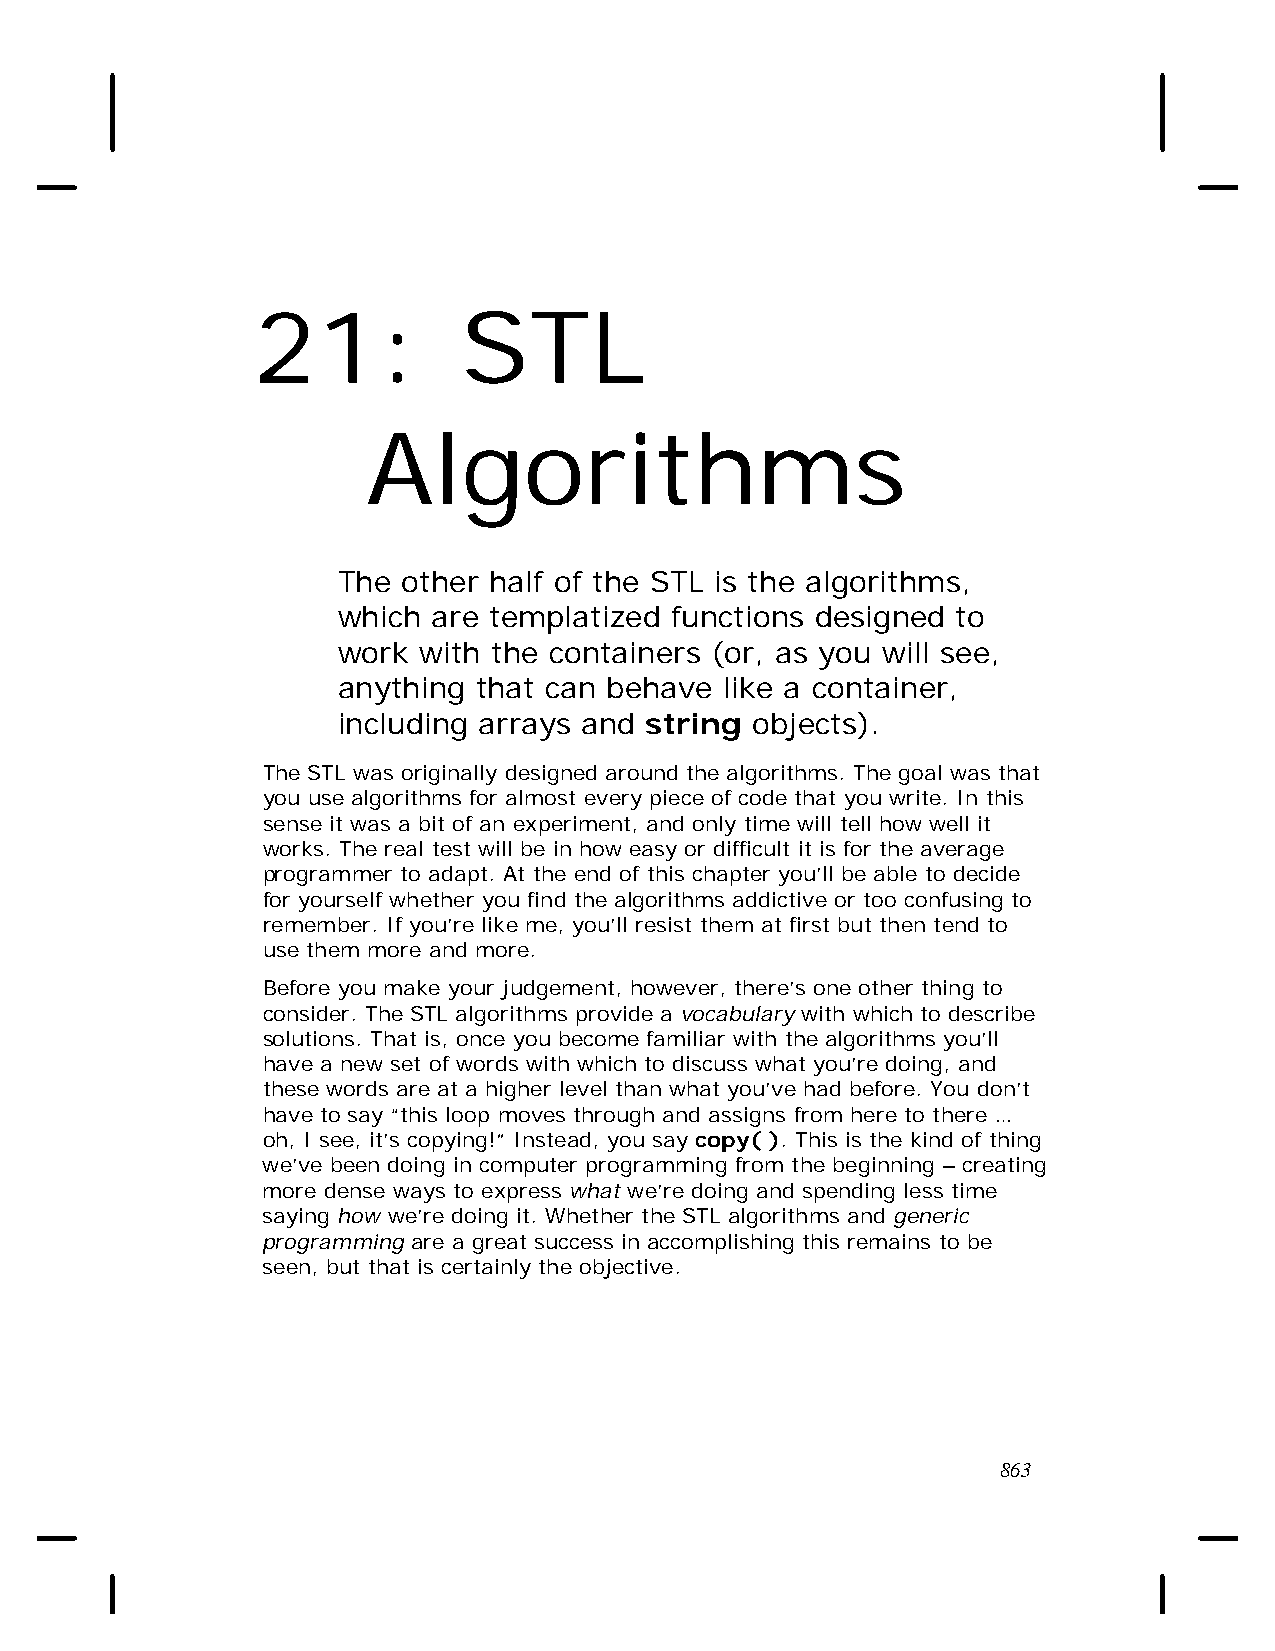
21:           STL
 Algorithms
 The  other half of the STL is the algorithms,
 which  are templatized functions designed to
 work  with the containers (or, as you will see,
 anything that can behave  like a container,
 including arrays and string objects).
 The STL was originally designed around the algorithms. The goal was that
 you use algorithms for almost every piece of code that you write. In this
 sense it was a bit of an experiment, and only time will tell how well it
 works. The real test will be in how easy or difficult it is for the average
 programmer to adapt. At the end of this chapter you’ll be able to decide
 for yourself whether you find the algorithms addictive or too confusing to
 remember. If you’re like me, you’ll resist them at first but then tend to
 use them more and more.
 Before you make your judgement, however, there’s one other thing to
 consider. The STL algorithms provide a vocabulary with which to describe
 solutions. That is, once you become familiar with the algorithms you’ll
 have a new set of words with which to discuss what you’re doing, and
 these words are at a higher level than what you’ve had before. You don’t
 have to say “this loop moves through and assigns from here to there …
 oh, I see, it’s copying!” Instead, you say copy( ). This is the kind of thing
 we’ve been doing in computer programming from the beginning – creating
 more dense ways to express what we’re doing and spending less time
 saying how we’re doing it. Whether the STL algorithms and generic
 programming are a great success in accomplishing this remains to be
 seen, but that is certainly the objective.
 863